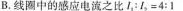
B. 线圈中的感应电流之比$$I_{1} ：l_{2} =4：1$$